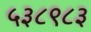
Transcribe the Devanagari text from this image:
५३८९८३